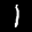
Label: 1